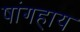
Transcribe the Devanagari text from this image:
षांगहाय